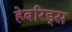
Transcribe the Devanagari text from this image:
हेबरिड्स